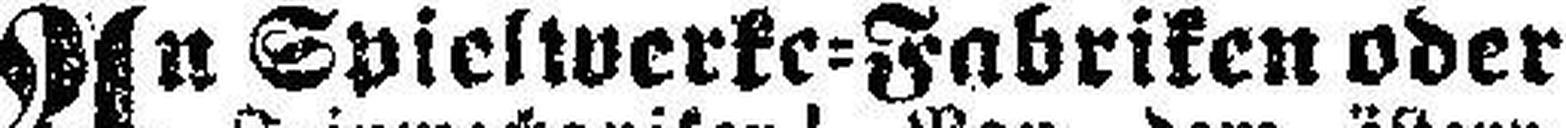
An Spielwerke=Fabriken oder